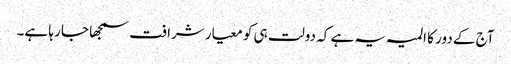
آج کے دور کا المیہ یہ ہے کہ دولت ہی کو معیار شرافت سمجھا جا رہا ہے۔